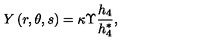
Y \left( r , \theta , s \right) = \kappa \Upsilon \frac { h _ { 4 } } { h _ { 4 } ^ { * } } ,